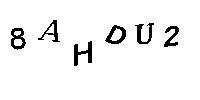
8AHDU2